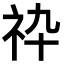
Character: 𥘧